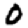
Digit: 0